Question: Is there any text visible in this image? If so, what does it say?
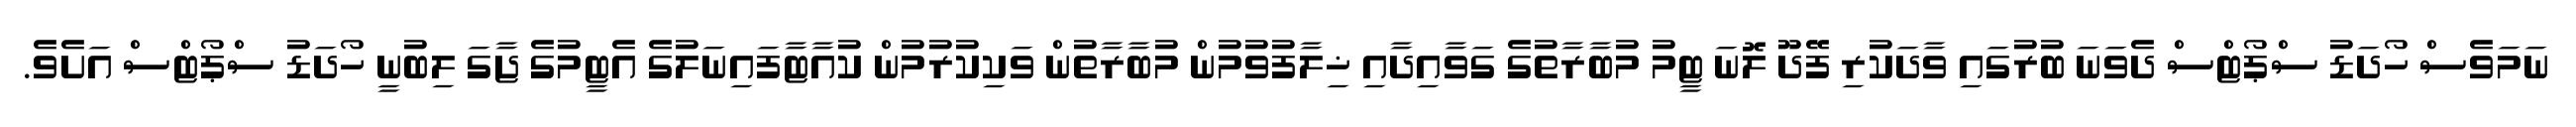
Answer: ނަމަވެސް ހޯދަޑު ސްޕޯޓްސް ދެވަނަ ބުރުގައި ވާދަކުރި ފޭދޫ ލޮނަ ޓީމު މުބާރާތުގެ ގަވާއިދާއި ޚިލާފުވުމުން މުބާރާތުން ވަކިކުރުމުން ކުއާޓާފައިނަލުގެ އެޓީމުގެ ޖާގަ ލިބުނީ ހޯދަޑު ސްޕޯޓްސް އަށެވެ.